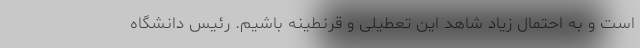
است و به احتمال زیاد شاهد این تعطیلی و قرنطینه باشیم. رئیس دانشگاه